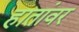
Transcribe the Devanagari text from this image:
हातांवर